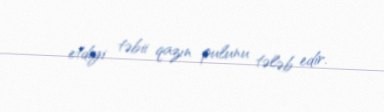
etdiyi təbii qazın pulunu tələb edir.